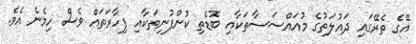
އޭގެ ތެރޭގައި ދައުލަތުގެ މުއައްސަސާތަކާއި ބޮޑެތި ކުންފުނިތަކާއި ފިހާރަތައް ވެސް ހިމެނެ އެވެ.